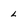
Character: L